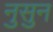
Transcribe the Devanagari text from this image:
नुसुन